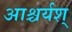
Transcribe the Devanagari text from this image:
आश्चर्यश्